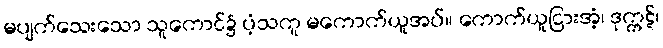
မပျက်သေးသော သူကောင်၌ ပံ့သကူ မကောက်ယူအပ်။ ကောက်ယူငြားအံ့၊ ဒုက္ကဋ်၊